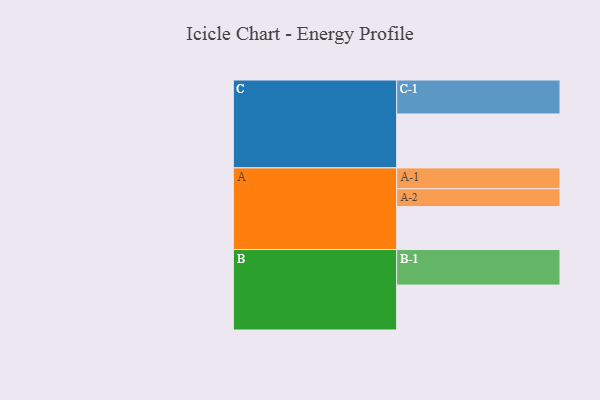
{"axis": {"x": "Segment", "y": "Value"}, "legend": ["", "A", "B", "C"], "data": [{"x": "A", "y": 330, "type": ""}, {"x": "B", "y": 345, "type": ""}, {"x": "C", "y": 414, "type": ""}, {"x": "A-1", "y": 160, "type": "A"}, {"x": "A-2", "y": 137, "type": "A"}, {"x": "B-1", "y": 273, "type": "B"}, {"x": "C-1", "y": 261, "type": "C"}]}